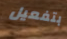
بتفعيل